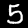
Digit: 5